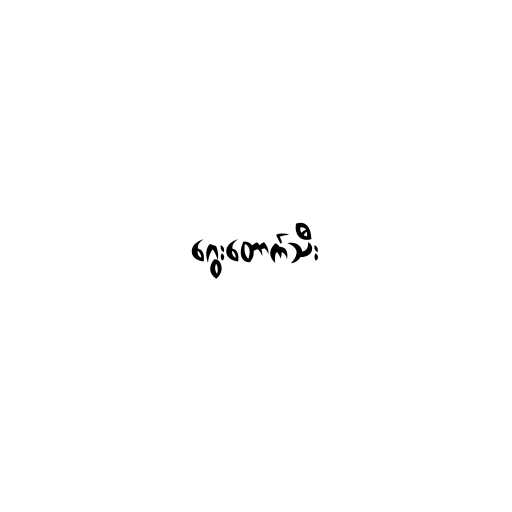
ဂွေးတောက်သီး